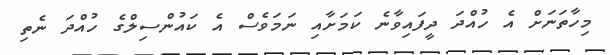
މިހާތަނަށް އެ ހުއްދަ ދީފައިވާނެ ކަމަށާއި ނަމަވެސް އެ ކައުންސިލްގެ ހުއްދަ ނެތި